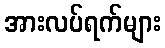
အားလပ်ရက်များ